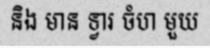
និង មាន ទ្វារ ចំហ មួយ